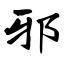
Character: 邪